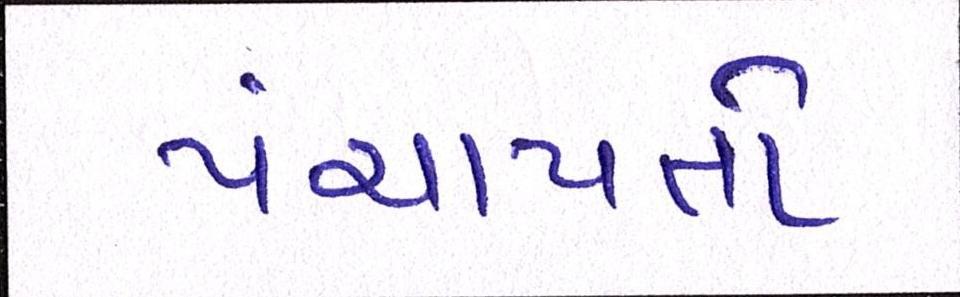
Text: પંચાયતો